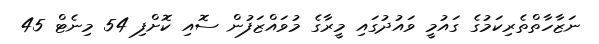
ނަޒާހާތްތެރިކަމުގެ ގައުމީ ވައުދުގައި މީރާގެ މުވައްޒަފުން ސޮއި ކޮށްފި 54 މިނެޓް 45